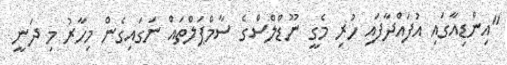
"އިންޑިއާގައި އުފައްދާފައި ހުރި މެގީ ނޫޑްލްސްގެ ސާމްޕަލްތައް ނަގައިގެން މިހާރު މި ދަނީ